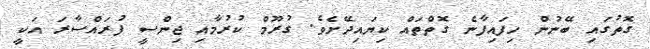
ގޮތުގައި ބޭނުން ހިފައިފާނެ ގޮތްތައް ކިޔައިދޭށެވެ. ގުރޫމް ކުރުމާއި ޖިންސީ ފުރައްސާރަ އަކީ